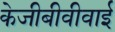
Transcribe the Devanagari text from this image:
केजीबीवीवाई